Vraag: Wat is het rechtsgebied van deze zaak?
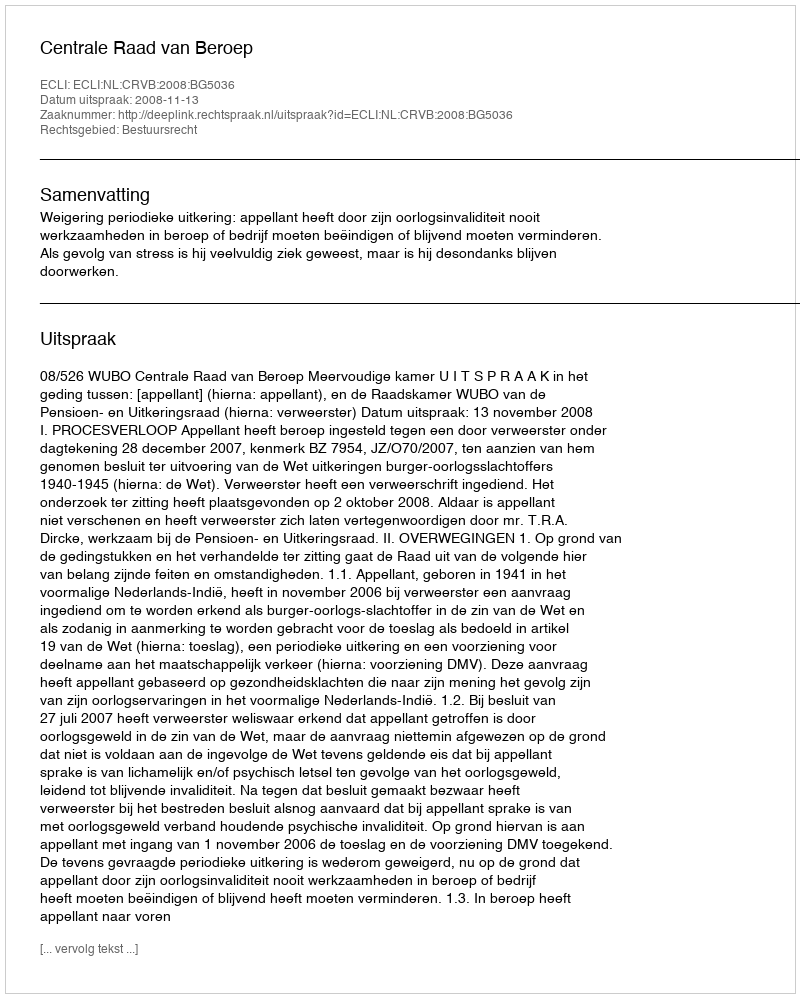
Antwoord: Bestuursrecht